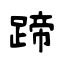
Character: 蹄